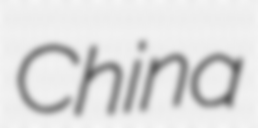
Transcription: China